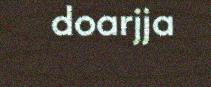
doarjja